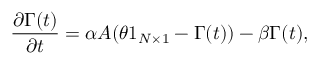
\frac { \partial \boldsymbol { \Gamma } ( t ) } { \partial t } = \alpha A ( \theta \boldsymbol { 1 } _ { N \times 1 } - \boldsymbol { \Gamma } ( t ) ) - \beta \boldsymbol { \Gamma } ( t ) ,